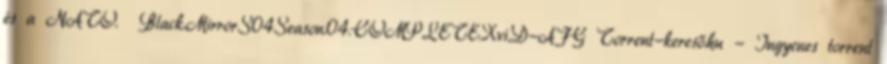
és a NATO. Black.Mirror.S04.Season.04.COMPLETE.XviD-AFG Torrent-kereső.hu - Ingyenes torrent